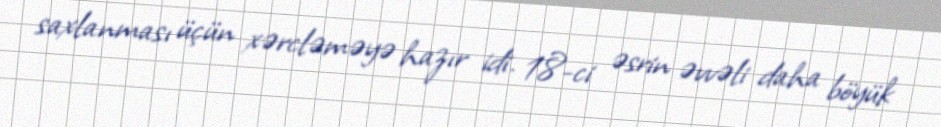
saxlanması üçün xərcləməyə hazır idi. 18-ci əsrin əvvəli daha böyük